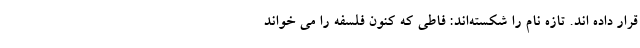
قرار داده اند. تازه نام را شکسته‌اند: فاطی که کنون فلسفه را می خواند